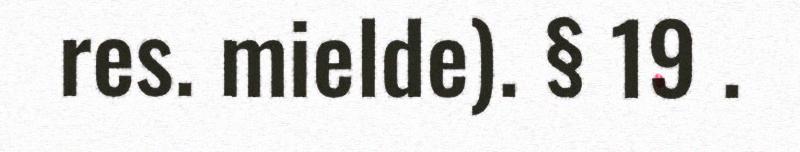
res. mielde). § 19 .